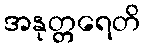
အနုတ္တရေတိ